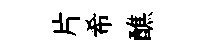
片希醮